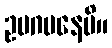
ဥပဂမနေပိ။